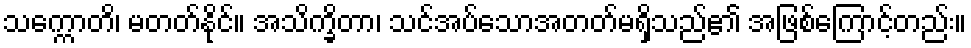
သက္ကောတိ၊ မတတ်နိုင်။ အသိက္ခိတာ၊ သင်အပ်သောအတတ်မရှိသည်၏ အဖြစ်ကြောင့်တည်း။